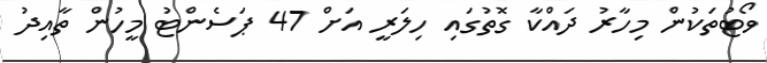
ވޯޓުތަކުން މިހާރު ދައްކާ ގޮތުގައި ހިލަރީ އަށް 47 ޕަސެންޓު މީހުން ތާއިދު